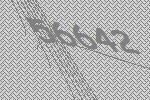
56642